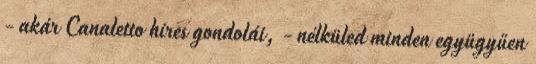
- akár Canaletto híres gondolái, - nélküled minden együgyűen